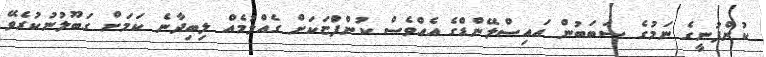
ކުންފުނީގެ ނަމުގެ ސަބަބުން އައިސްލޭންޑްގެ އެއްވެސް ކުންފުްޏަކަށް ގެއްލުމެއް ލިބިދާނެ ކަމަށް ގަބޫލުނުކުރެވޭ